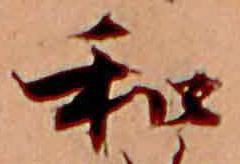
和